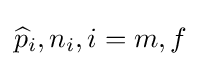
{\widehat {p}}_{i},n_{i},i=m,f